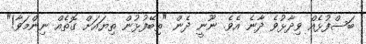
ބަސްފުޅެއް ވިދާޅުވެ ދާނެ އެވެ. ނޫނީ ދެން "ތިބޭފުޅުން ތިޔައަށް ގޮތެއް ނިންމަވާ!"